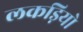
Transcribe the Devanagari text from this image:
लकड़ियो